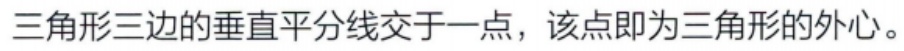
三角形三边的垂直平分线交于一点，该点即为三角形的外心。